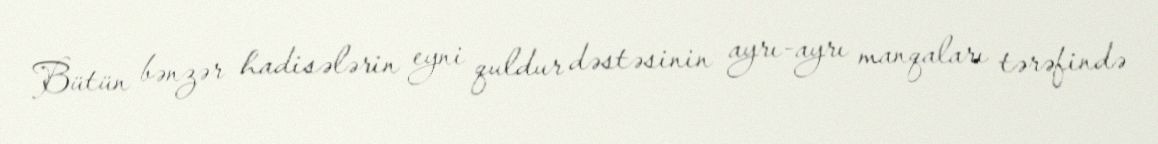
Bütün bənzər hadisələrin eyni quldur dəstəsinin ayrı-ayrı manqaları tərəfində